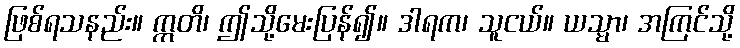
ဖြစ်ရသနည်း။ ဣတိ၊ ဤသို့မေးပြန်၍။ ဒါရက၊ သူငယ်။ ယသ္မာ၊ အကြင်သို့